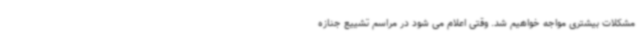
مشکلات بیشتری مواجه خواهیم شد. وقتی اعلام می شود در مراسم تشییع جنازه